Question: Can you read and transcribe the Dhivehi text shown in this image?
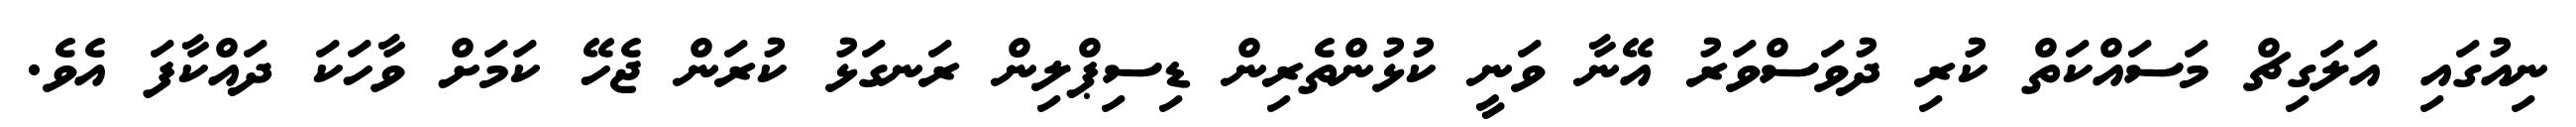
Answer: ނިއުގައި އަލަގިޗް މަސައްކަތް ކުރި ދުވަސްވަރު އޭނާ ވަނީ ކުޅުންތެރިން ޑިސިޕްލިން ރަނގަޅު ކުރަން ޖެހޭ ކަމަށް ވާހަކަ ދައްކާފަ އެވެ.